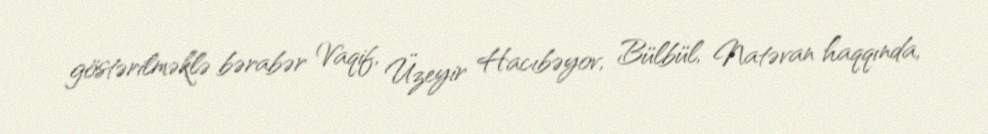
göstərilməklə bərabər Vaqif, Üzeyir Hacıbəyov, Bülbül, Natəvan haqqında,